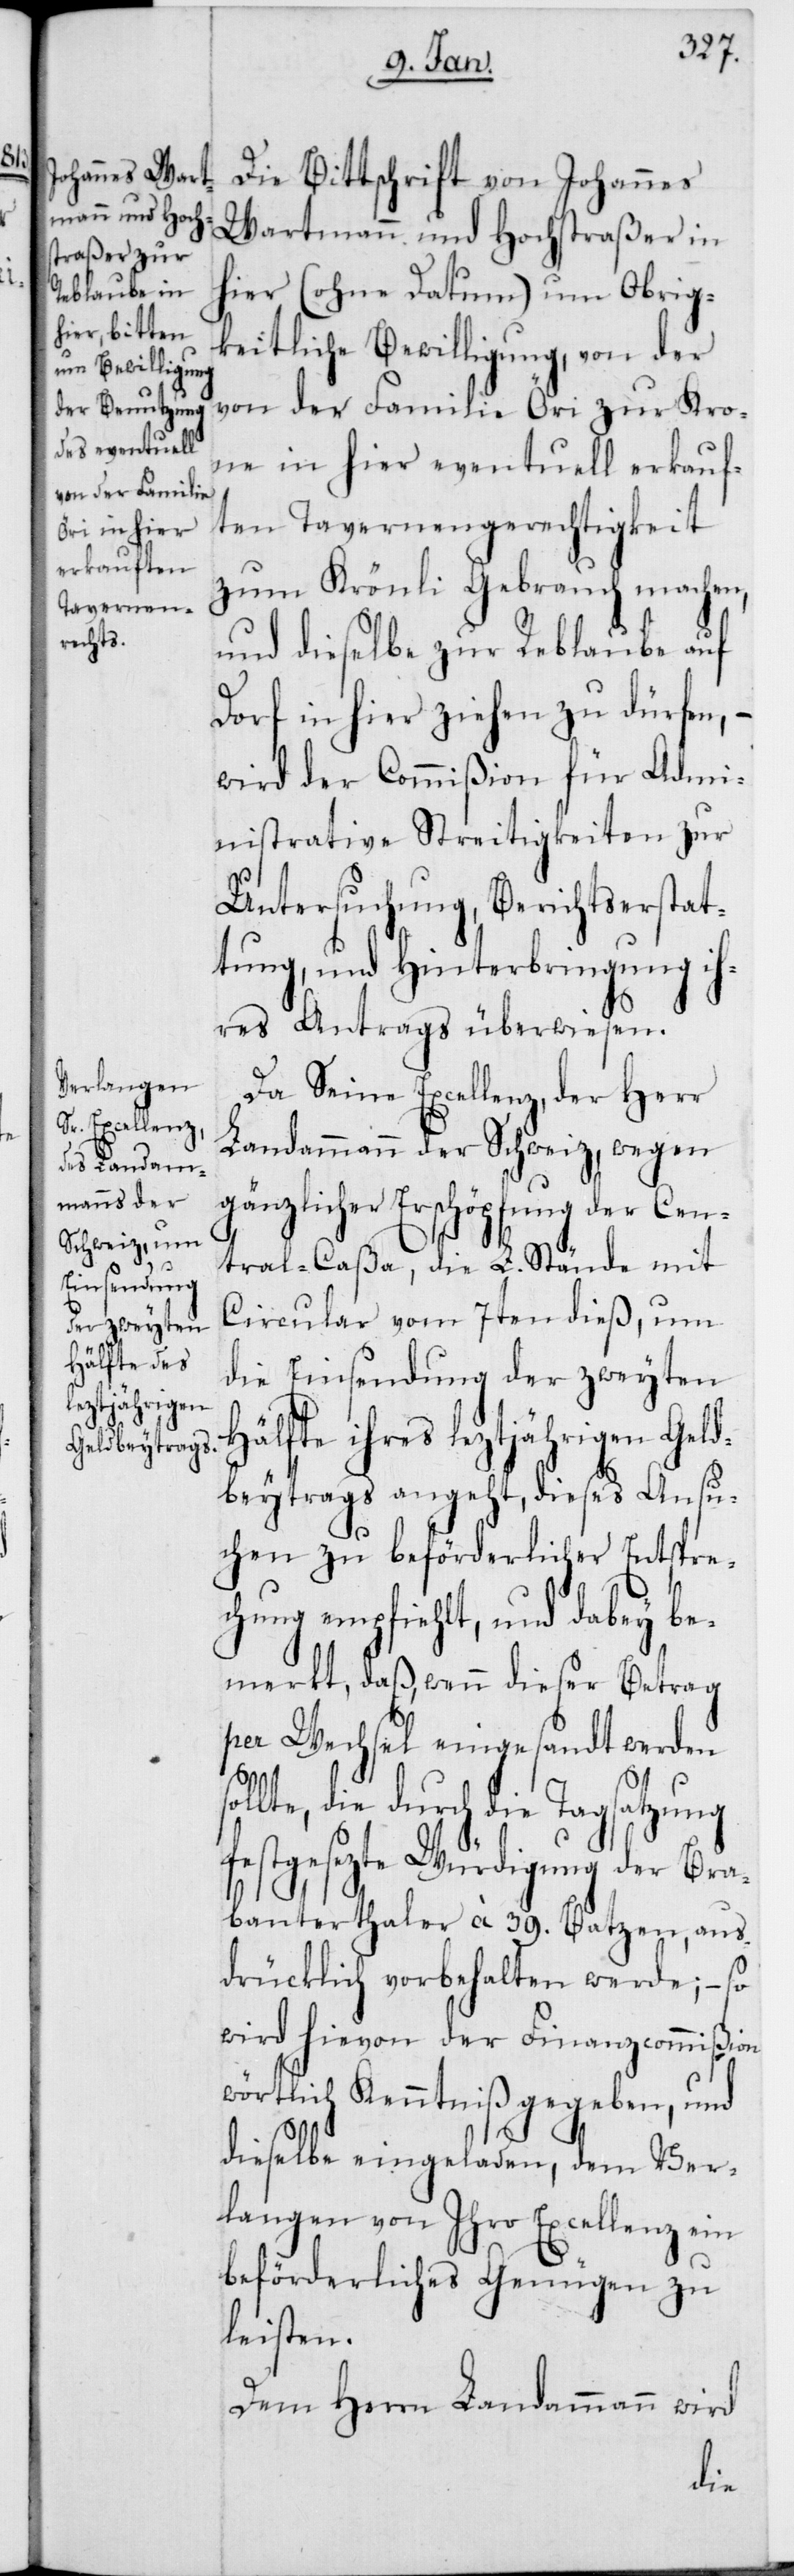
e Bewilligung,
keitlich¬

Die Bittschrift von Johannes
Wartmann und Hochstraßer in
hier (ohne Datum) um Obrig¬
von der Familie Öri zur Kro¬
ne in hier eventuell erkauf¬
ten Tavernengerechtigkeit
zum Krönli Gebrauch machen,
und dieselbe zur Reblaube auf
Dorf in hier ziehen zu dürfen, –
wird der Commißion für Admi¬
nistrative Streitigkeiten zur
Untersuchung, Berichtserstat¬
tung und Hinterbringung ih¬
res Antrags überwiesen.
Da Seine Excellenz, der Herr
Landammann der Schweiz, wegen
gänzlicher Erschöpfung der Cen¬
s¬
tral-Caßa, die L. Stände mit
Circular vom 7ten dieß, um
die Einsendung der zweyten
Hälfte ihres leztjährigen Geld¬
beytrags angeht, dieses Ansu¬
chen zu beförderlicher Entspre¬
chung empfiehlt, und dabey be¬
merkt, daß wenn dieser Betrag
per Wechsel eingesandt werden
ollte, die durch die Tagsatzung
festgesezte Würdigung der Bra¬
banterthaler à 39. Batzen, aus¬
drücklich vorbehalten werde; – so
wird hievon der Finanzcommißion
wörtlich Kenntniß gegeben, und
dieselbe eingeladen, dem Ver¬
langen von Ihro Excellenz ein
beförderliches Genügen zu
leisten.
Dem Herrn Landammann wird